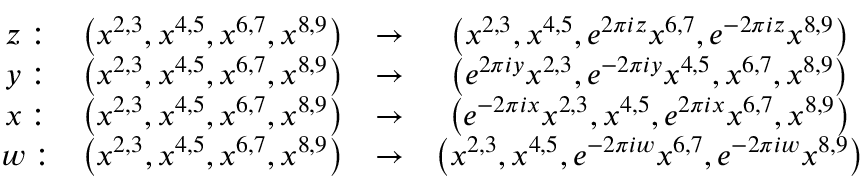
\begin{array} { c c c c } { { z : } } & { { \left( x ^ { 2 , 3 } , x ^ { 4 , 5 } , x ^ { 6 , 7 } , x ^ { 8 , 9 } \right) } } & { { \to } } & { { \left( x ^ { 2 , 3 } , x ^ { 4 , 5 } , e ^ { 2 \pi i z } x ^ { 6 , 7 } , e ^ { - 2 \pi i z } x ^ { 8 , 9 } \right) } } \\ { { y : } } & { { \left( x ^ { 2 , 3 } , x ^ { 4 , 5 } , x ^ { 6 , 7 } , x ^ { 8 , 9 } \right) } } & { { \to } } & { { \left( e ^ { 2 \pi i y } x ^ { 2 , 3 } , e ^ { - 2 \pi i y } x ^ { 4 , 5 } , x ^ { 6 , 7 } , x ^ { 8 , 9 } \right) } } \\ { { x : } } & { { \left( x ^ { 2 , 3 } , x ^ { 4 , 5 } , x ^ { 6 , 7 } , x ^ { 8 , 9 } \right) } } & { { \to } } & { { \left( e ^ { - 2 \pi i x } x ^ { 2 , 3 } , x ^ { 4 , 5 } , e ^ { 2 \pi i x } x ^ { 6 , 7 } , x ^ { 8 , 9 } \right) } } \\ { { w : } } & { { \left( x ^ { 2 , 3 } , x ^ { 4 , 5 } , x ^ { 6 , 7 } , x ^ { 8 , 9 } \right) } } & { { \to } } & { { \left( x ^ { 2 , 3 } , x ^ { 4 , 5 } , e ^ { - 2 \pi i w } x ^ { 6 , 7 } , e ^ { - 2 \pi i w } x ^ { 8 , 9 } \right) } } \end{array}